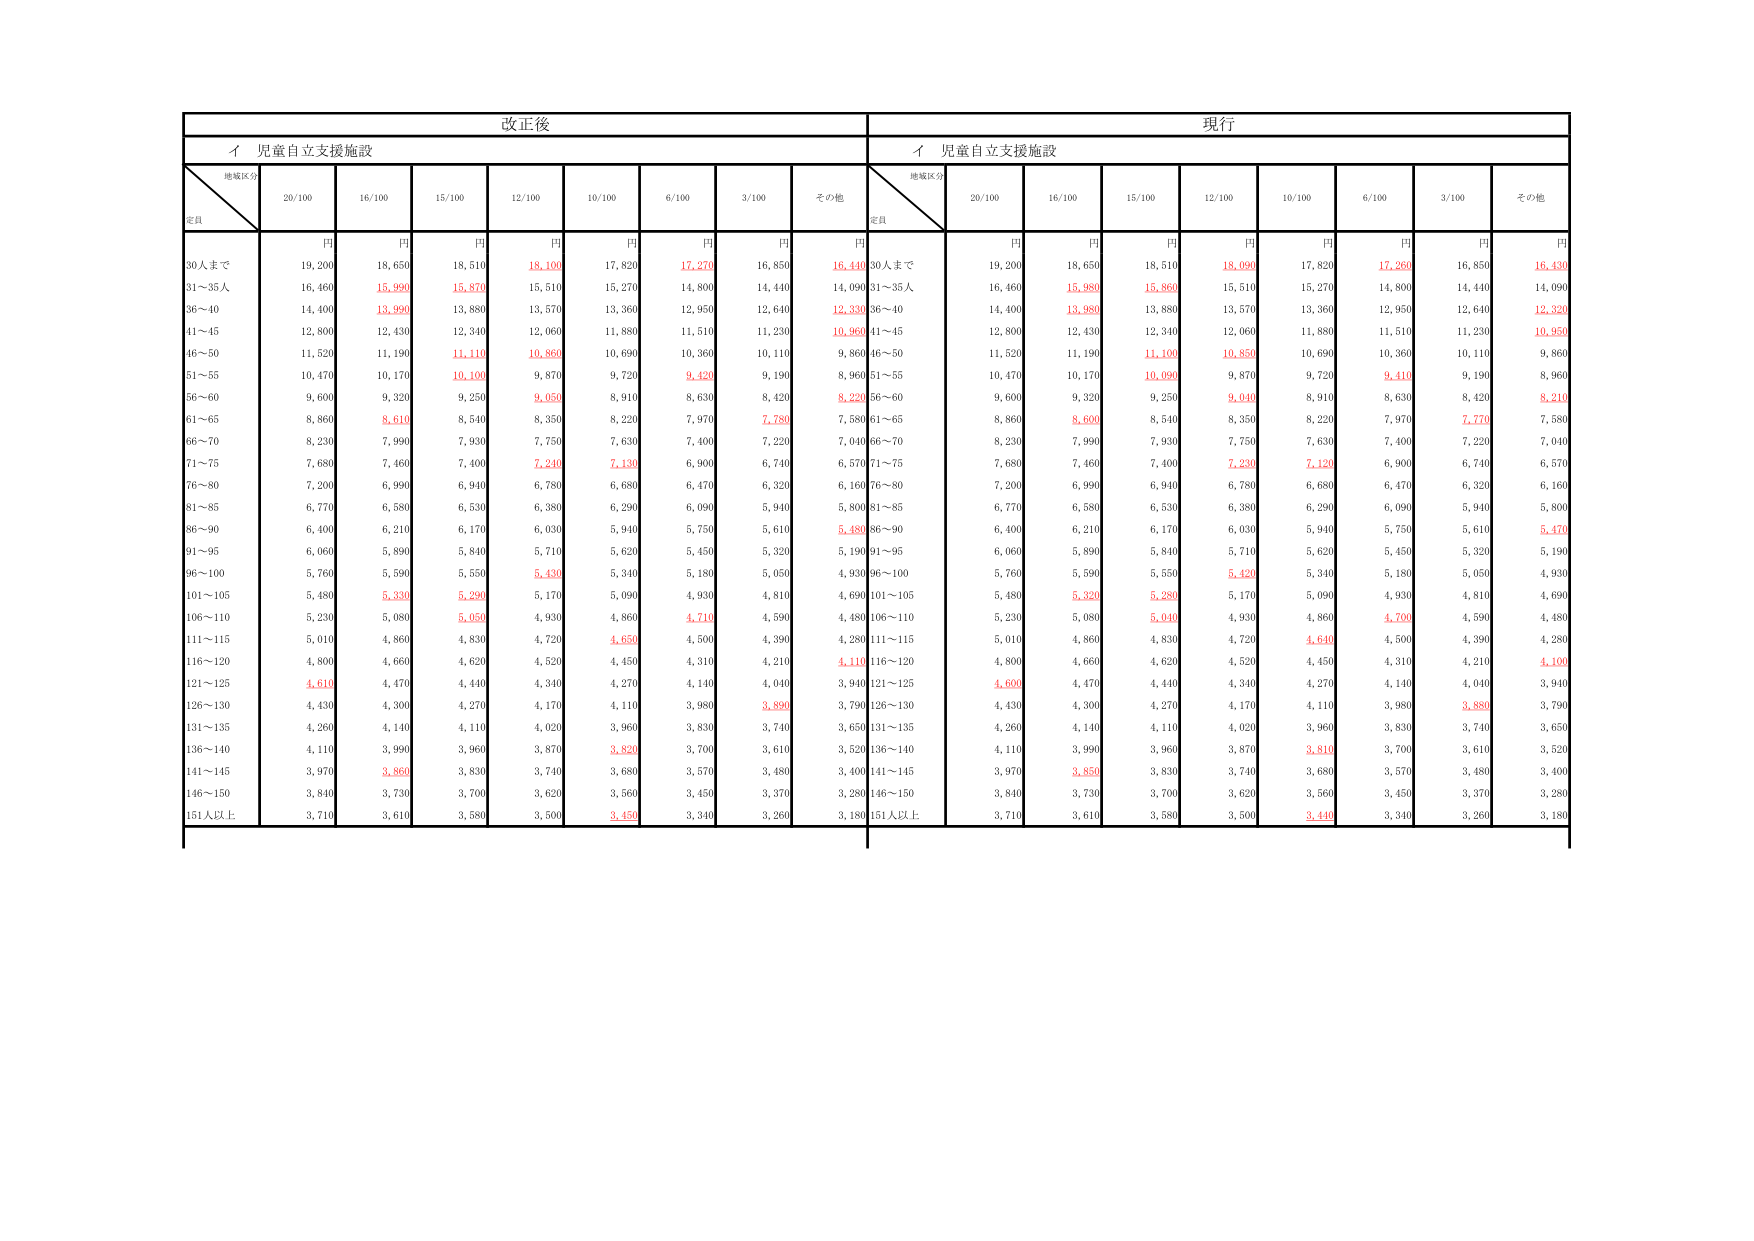
改正後
現行
イ 児童自立支援施設
イ 児童自立支援施設
地域区分
定員
20/100
16/100
15/100
12/100
10/100
6/100
3/100
その他
地域区分
定員
20/100
16/100
15/100
12/100
10/100
6/100
3/100
その他
円
円
円
円
円
円
円
円
円
円
円
円
円
円
円
円
円
円
30人まで
19,200
18,650
18,510
18,100
17,820
17,270
16,850
16,440
30人まで
19,200
18,650
18,510
18,090
17,820
17,260
16,850
16,430
31～35人
16,460
15,990
15,870
15,510
15,270
14,800
14,440
14,090
31～35人
16,460
15,980
15,860
15,510
15,270
14,800
14,440
14,090
36～40
14,400
13,990
13,880
13,570
13,360
12,950
12,640
12,330
36～40
14,400
13,980
13,880
13,570
13,360
12,950
12,640
12,320
41～45
12,800
12,430
12,340
12,060
11,880
11,510
11,230
10,960
41～45
12,800
12,430
12,340
12,060
11,880
11,510
11,230
10,950
46～50
11,520
11,190
11,110
10,860
10,690
10,360
10,110
9,860
46～50
11,520
11,190
11,100
10,850
10,690
10,360
10,110
9,860
51～55
10,470
10,170
10,100
9,870
9,720
9,420
9,190
8,960
51～55
10,470
10,170
10,090
9,870
9,720
9,410
9,190
8,960
56～60
9,600
9,320
9,250
9,050
8,910
8,630
8,420
8,220
56～60
9,600
9,320
9,250
9,040
8,910
8,630
8,420
8,210
61～65
8,860
8,610
8,540
8,350
8,220
7,970
7,780
7,580
61～65
8,860
8,600
8,540
8,350
8,220
7,970
7,770
7,580
66～70
8,230
7,990
7,930
7,750
7,630
7,400
7,220
7,040
66～70
8,230
7,990
7,930
7,750
7,630
7,400
7,220
7,040
71～75
7,680
7,460
7,400
7,240
7,130
6,900
6,740
6,570
71～75
7,680
7,460
7,400
7,230
7,120
6,900
6,740
6,570
76～80
7,200
6,990
6,940
6,780
6,680
6,470
6,320
6,160
76～80
7,200
6,990
6,940
6,780
6,680
6,470
6,320
6,160
81～85
6,770
6,580
6,530
6,380
6,290
6,090
5,940
5,800
81～85
6,770
6,580
6,530
6,380
6,290
6,090
5,940
5,800
86～90
6,400
6,210
6,170
6,030
5,940
5,750
5,610
5,480
86～90
6,400
6,210
6,170
6,030
5,940
5,750
5,610
5,470
91～95
6,060
5,890
5,840
5,710
5,620
5,450
5,320
5,190
91～95
6,060
5,890
5,840
5,710
5,620
5,450
5,320
5,190
96～100
5,760
5,590
5,550
5,430
5,340
5,180
5,050
4,930
96～100
5,760
5,590
5,550
5,420
5,340
5,180
5,050
4,930
101～105
5,480
5,330
5,290
5,170
5,090
4,930
4,810
4,690
101～105
5,480
5,320
5,280
5,170
5,090
4,930
4,810
4,690
106～110
5,230
5,080
5,050
4,930
4,860
4,710
4,590
4,480
106～110
5,230
5,080
5,040
4,930
4,860
4,700
4,590
4,480
111～115
5,010
4,860
4,830
4,720
4,650
4,500
4,390
4,280
111～115
5,010
4,860
4,830
4,720
4,640
4,500
4,390
4,280
116～120
4,800
4,660
4,620
4,520
4,450
4,310
4,210
4,110
116～120
4,800
4,660
4,620
4,520
4,450
4,310
4,210
4,100
121～125
4,610
4,470
4,440
4,340
4,270
4,140
4,040
3,940
121～125
4,600
4,470
4,440
4,340
4,270
4,140
4,040
3,940
126～130
4,430
4,300
4,270
4,170
4,110
3,980
3,890
3,790
126～130
4,430
4,300
4,270
4,170
4,110
3,980
3,880
3,790
131～135
4,260
4,140
4,110
4,020
3,960
3,830
3,740
3,650
131～135
4,260
4,140
4,110
4,020
3,960
3,830
3,740
3,650
136～140
4,110
3,990
3,960
3,870
3,820
3,700
3,610
3,520
136～140
4,110
3,990
3,960
3,870
3,810
3,700
3,610
3,520
141～145
3,970
3,860
3,830
3,740
3,680
3,570
3,480
3,400
141～145
3,970
3,850
3,830
3,740
3,680
3,570
3,480
3,400
146～150
3,840
3,730
3,700
3,620
3,560
3,450
3,370
3,280
146～150
3,840
3,730
3,700
3,620
3,560
3,450
3,370
3,280
151人以上
3,710
3,610
3,580
3,500
3,450
3,340
3,260
3,180
151人以上
3,710
3,610
3,580
3,500
3,440
3,340
3,260
3,180